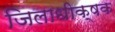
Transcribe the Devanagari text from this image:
जिलाधीक्षक